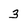
Character: 3